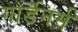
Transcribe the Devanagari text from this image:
गार्डेनर्स